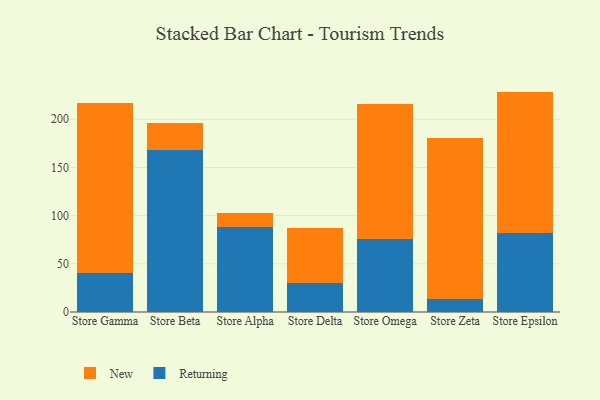
{"axis": {"x": "Store", "y": "Customer Acquisition Cost (USD)"}, "legend": ["New", "Returning"], "data": [{"x": "Store Gamma", "y": 40.7, "type": "Returning"}, {"x": "Store Gamma", "y": 176.4, "type": "New"}, {"x": "Store Beta", "y": 167.6, "type": "Returning"}, {"x": "Store Beta", "y": 28.4, "type": "New"}, {"x": "Store Alpha", "y": 87.7, "type": "Returning"}, {"x": "Store Alpha", "y": 15.3, "type": "New"}, {"x": "Store Delta", "y": 30.2, "type": "Returning"}, {"x": "Store Delta", "y": 56.7, "type": "New"}, {"x": "Store Omega", "y": 75.3, "type": "Returning"}, {"x": "Store Omega", "y": 140.9, "type": "New"}, {"x": "Store Zeta", "y": 13.4, "type": "Returning"}, {"x": "Store Zeta", "y": 166.9, "type": "New"}, {"x": "Store Epsilon", "y": 81.6, "type": "Returning"}, {"x": "Store Epsilon", "y": 147.1, "type": "New"}]}